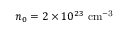
n _ { 0 } = 2 \times 1 0 ^ { 2 3 } ~ \mathrm { c m ^ { - 3 } }